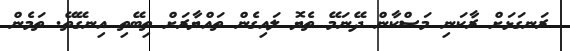
ރަނގަޅަށް ރާކަނި މަސްކާން ދޭނަމޭ ތެޔޮ ލައިގެން ތައްޔާރަށް ތިބޭތި އިނގޭތޭ. ތަމެން